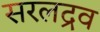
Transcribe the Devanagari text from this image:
सरलद्रव